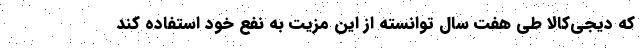
که دیجی‌کالا طی هفت سال توانسته از این مزیت به نفع خود استفاده کند